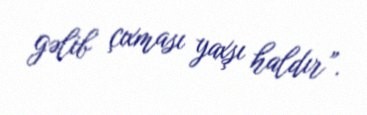
gəlib çıxması yaxşı haldır”.